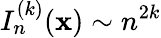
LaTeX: I_{n}^{(k)}({\mathbf x})\sim n^{2k}